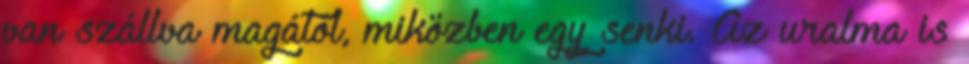
van szállva magától, miközben egy senki. Az uralma is